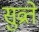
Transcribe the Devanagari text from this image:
सुव्रते